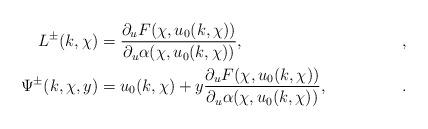
LaTeX: \begin{align*}L^\pm(k,\chi)&=\frac{\partial_u F(\chi,u_0(k,\chi))}{\partial_u \alpha(\chi,u_0(k,\chi))}, &, \\\Psi^\pm(k,\chi,y) &= u_0(k,\chi)+ y \frac{\partial_u F(\chi,u_0(k,\chi))}{\partial_u \alpha(\chi,u_0(k,\chi))}, &.\end{align*}